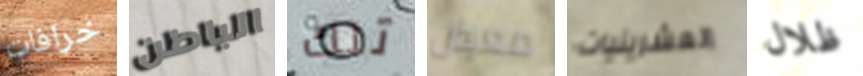
خرافات الباطن تلك معرض العشرينيات ظلال